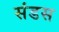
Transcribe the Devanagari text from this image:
संडस